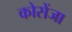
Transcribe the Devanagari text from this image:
कोसेंजा